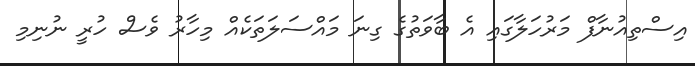
އިސްތިއުނާފް މަރުހަލާގައި އެ ބާވަތުގެ ގިނަ މައްސަލަތަކެއް މިހާރު ވެސް ހުރީ ނުނިމި